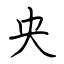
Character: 央